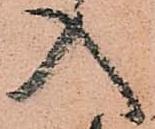
入